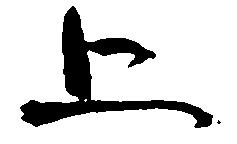
上